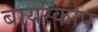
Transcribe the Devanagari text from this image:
बायस्कोप